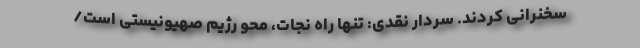
سخنرانی کردند. سردار نقدی: تنها راه نجات، محو رژیم صهیونیستی است/